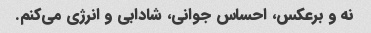
نه و برعکس، احساس جوانی، شادابی و انرژی می‌کنم.